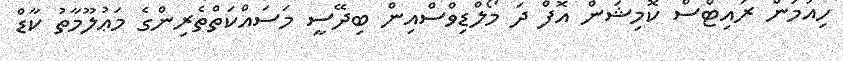
ހިއުމަން ރައިޓްސް ކޮމިޝަން އޮފް ދަ މޯލްޑިވްސްއިން ބިދޭސީ މަސައްކަތްތެރިންގެ މަޢުލޫމާތު ކާޑް